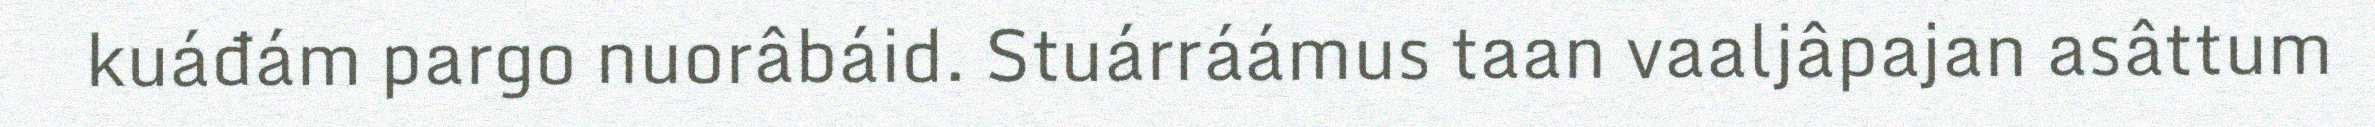
kuáđám pargo nuorâbáid. Stuárráámus taan vaaljâpajan asâttum